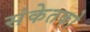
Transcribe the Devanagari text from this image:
संकेतको